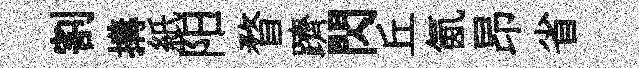
割搆紙阳瞀躋閃丘氤昂省